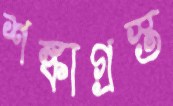
শঙ্কাগ্রস্ত